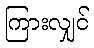
ကြားလျှင်